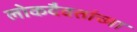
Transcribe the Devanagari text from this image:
लोकदैवतांच्या